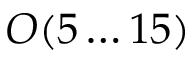
{ \cal O } ( 5 \ldots 1 5 )